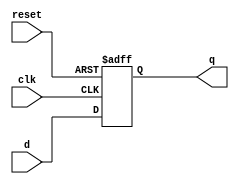
module d_ff_sync_reset (
    input wire clk,
    input wire reset,
    input wire d,
    output reg q
);

always @(posedge clk or posedge reset) begin
    if (reset)
        q <= 0; // Reset value
    else
        q <= d; // Update Q output on rising edge of clock
end

endmodule